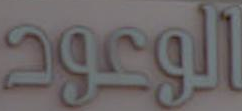
الوعود